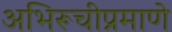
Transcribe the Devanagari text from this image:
अभिरूचीप्रमाणे